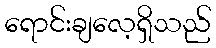
ရောင်းချလေ့ရှိသည်